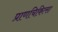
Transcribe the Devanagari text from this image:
प्राणचिकित्सा